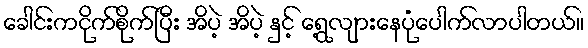
ခေါင်းကငိုက်စိုက်ပြီး အိပဲ့ အိပဲ့ နှင့် ရေွ့လျားနေပုံပေါက်လာပါတယ်။